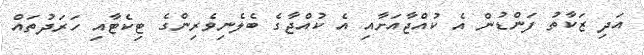
އަދި ޒަކާތު ފަންޑުން އެ ކުއްޖާއަށާއި އެ ކުއްޖާގެ ބެލެނިވެރިންގެ ޓިކެޓާއި ހަރަދުތައް